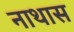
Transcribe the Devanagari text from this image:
नाथास